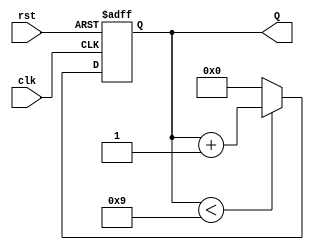
module decade_counter (
    input wire clk,     // Clock input
    input wire rst,     // Reset input
    output reg [3:0] Q  // 4-bit output representing current count value
);

// Always block that is triggered on the rising edge of the clock
always @(posedge clk or posedge rst) begin
    if (rst) begin
        // If reset is asserted, set counter to 0
        Q <= 4'b0000;
    end else begin
        // If counter is less than 9, increment the counter
        if (Q < 4'b1001) begin
            Q <= Q + 1;
        end else begin
            // If counter reaches 10 (binary 1010), reset to 0
            Q <= 4'b0000;
        end
    end
end

endmodule